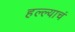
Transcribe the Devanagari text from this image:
हल्ल्याचं